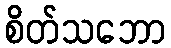
စိတ်သဘော